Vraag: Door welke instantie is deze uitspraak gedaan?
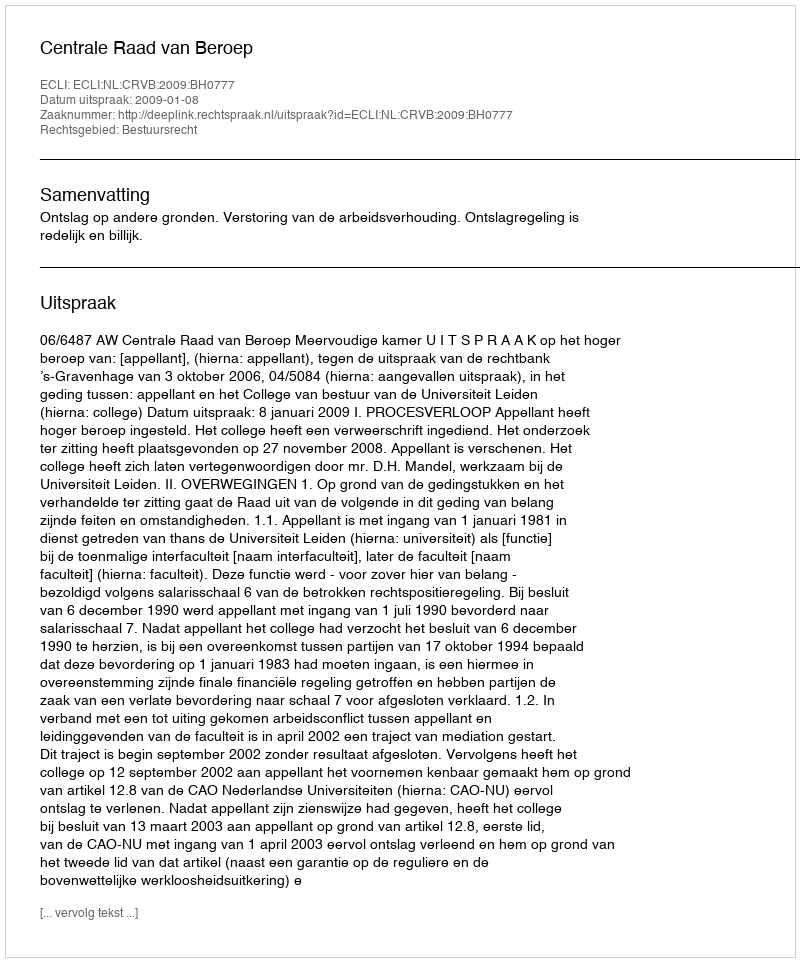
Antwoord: Centrale Raad van Beroep